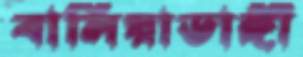
বালিয়াডাঙ্গী